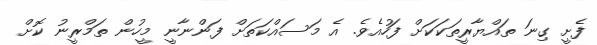
ފެށީ ގިނަ ތައްޔާރީތަކަކަށް ފަހުއެވެ. އެ މަސައްކަތަށް ފަންނާނީ މީހުން ތަމްރީނު ކޮށް